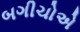
બગીચોએ